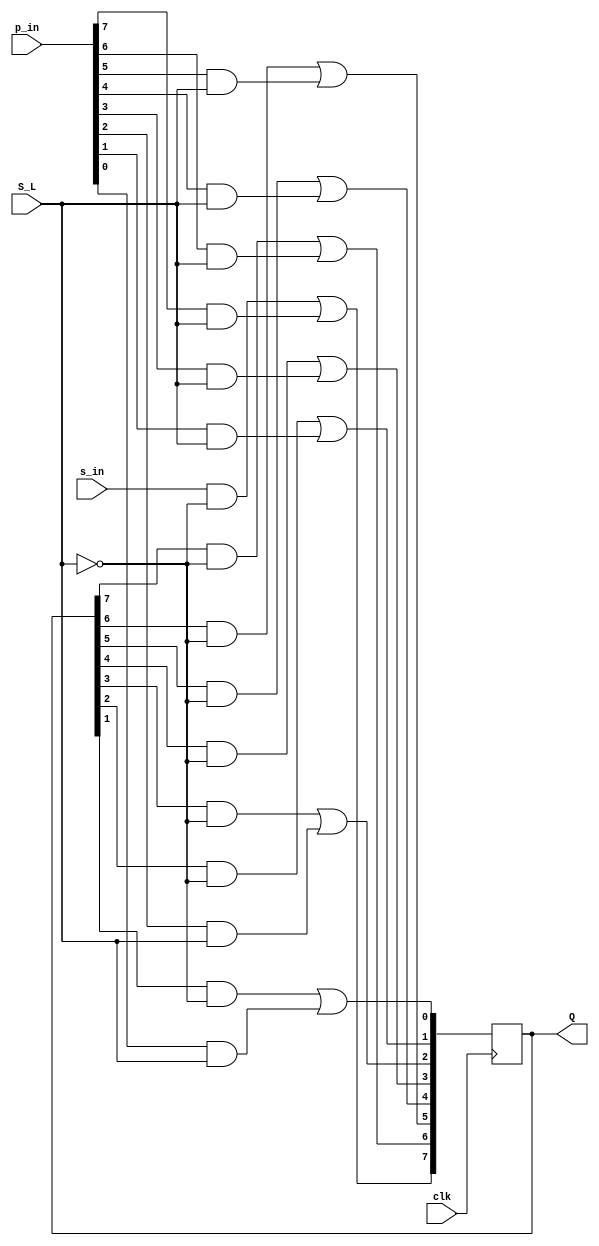
module ShiftReg8b(
    clk, S_L, s_in, p_in, Q
);
    input wire clk;
    input wire S_L;  //  ~S/L; 0: Serial mode; 1: parallel mode
    input wire s_in;  // shift_in, 
    input wire [7:0] p_in;  // par_in, 
    output reg [7:0] Q;  // value of all regs

    initial begin
        Q = 0;
    end

    wire [7:0] d;  // D port of D flip-flop

    assign d[7] = (s_in & ~S_L) | (p_in[7] & S_L);
    assign d[6] = (Q[7] & ~S_L) | (p_in[6] & S_L);
    assign d[5] = (Q[6] & ~S_L) | (p_in[5] & S_L);
    assign d[4] = (Q[5] & ~S_L) | (p_in[4] & S_L);
    assign d[3] = (Q[4] & ~S_L) | (p_in[3] & S_L);
    assign d[2] = (Q[3] & ~S_L) | (p_in[2] & S_L);
    assign d[1] = (Q[2] & ~S_L) | (p_in[1] & S_L);
    assign d[0] = (Q[1] & ~S_L) | (p_in[0] & S_L);

    always @(posedge clk) begin
        Q <= d;
    end

endmodule